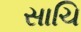
સાચિ